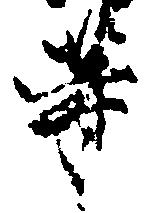
等